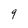
Character: 9